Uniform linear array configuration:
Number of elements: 12
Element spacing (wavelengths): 0.5
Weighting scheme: blackman
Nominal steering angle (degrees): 60
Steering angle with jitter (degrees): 58.324
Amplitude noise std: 0.05
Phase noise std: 0.05

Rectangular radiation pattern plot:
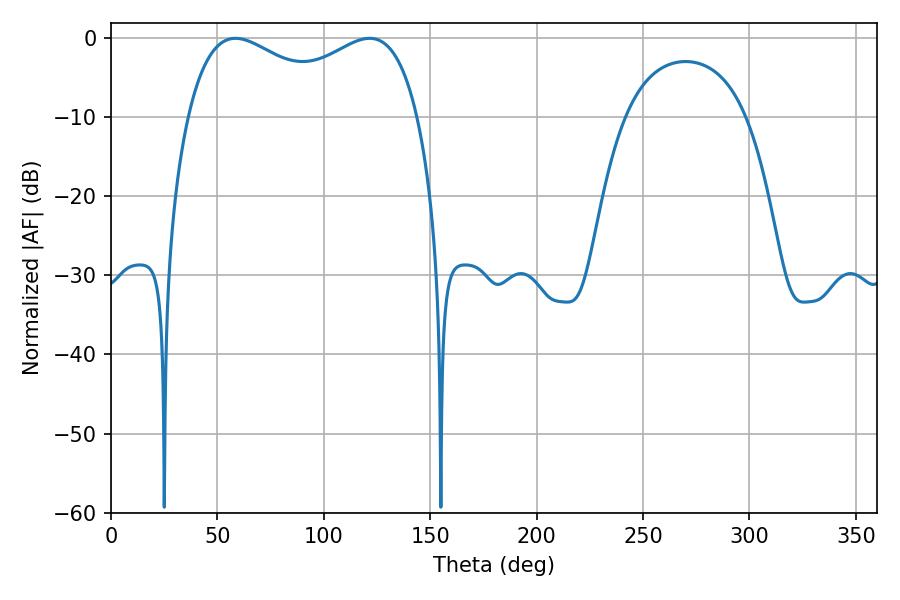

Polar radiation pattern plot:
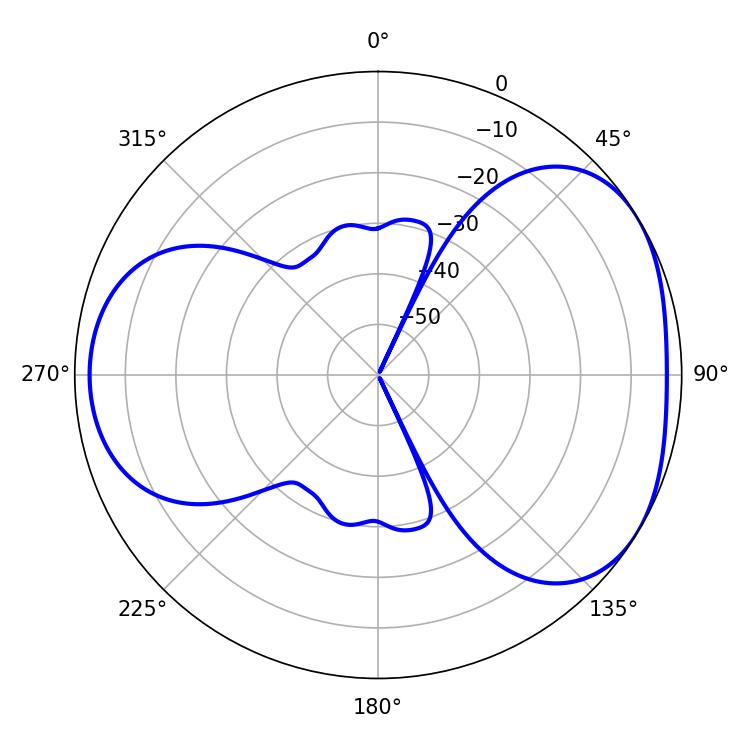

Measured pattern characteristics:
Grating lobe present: FALSE
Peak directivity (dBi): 4.16
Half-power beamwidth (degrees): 90.36
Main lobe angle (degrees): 58.5